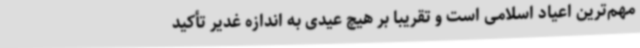
مهم‌ترین اعیاد اسلامی است و تقریباً بر هیچ عیدی به اندازه غدیر تأکید